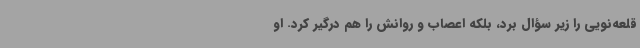
قلعه‌نویی را زیر سؤال برد، بلکه اعصاب و روانش را هم درگیر کرد. او